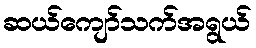
ဆယ်ကျော်သက်အရွယ်